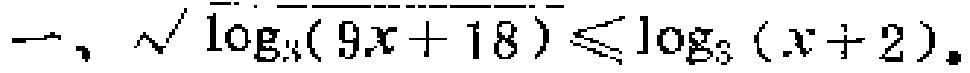
一、$\sqrt{\log_{3}(9x + 18)}\leqslant\log_{3}(x + 2)$。